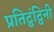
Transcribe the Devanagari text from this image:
प्रतिद्वंद्विनी